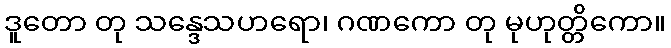
ဒူတော တု သန္ဒေသဟရော၊ ဂဏကော တု မုဟုတ္တိကော။